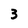
Character: 3